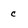
Character: c